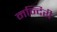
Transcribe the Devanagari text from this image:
मन्दिरी